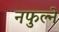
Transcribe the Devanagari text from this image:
नफुल्ने